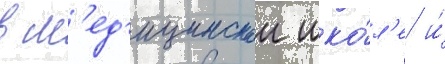
в м'ед'ицинскои шко́л'е и́